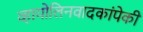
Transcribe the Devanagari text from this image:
व्हायोलिनवादकांपेकी